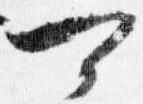
可